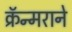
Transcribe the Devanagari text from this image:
क्रॅन्मराने